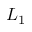
L _ { 1 }